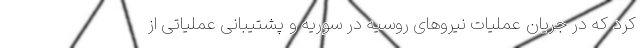
کرد که در جریان عملیات نیروهای روسیه در سوریه و پشتیبانی عملیاتی از